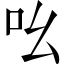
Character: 吆